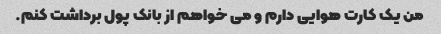
من یک کارت هوایی دارم و می خواهم از بانک پول برداشت کنم.